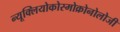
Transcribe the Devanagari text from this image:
न्यूक्लियोकोस्मोक्रोनोलोजी